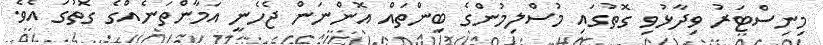
މިނިސްޓަރު ވިދާޅުވި ގޮތުގައި މުސްލިމުންގެ ބިންތައް އޮންނަން ޖެހެނީ އަމާންތަނެއްގެ ގޮތުގަ އެވެ.